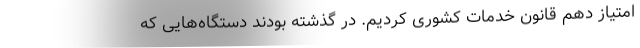
امتیاز دهم قانون خدمات کشوری کردیم. در گذشته بودند دستگاه‌هایی که